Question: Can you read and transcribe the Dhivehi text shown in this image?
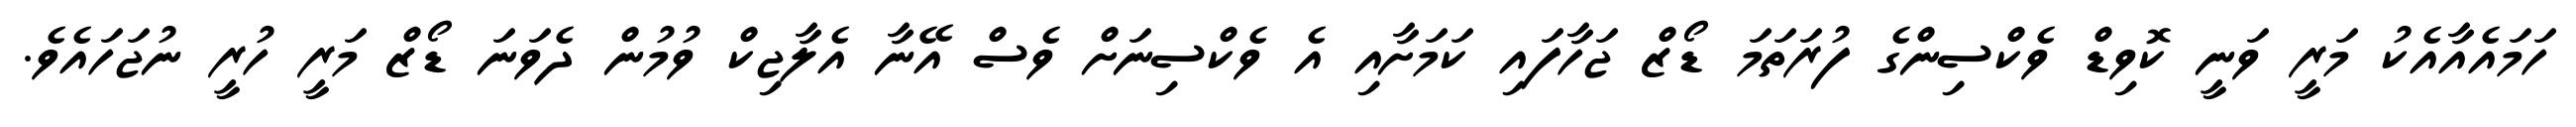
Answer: ހަމައެއާއެކު މަރީ ވަނީ ކޮވިޑް ވެކްސިންގެ ފުރަތަމަ ޑޯޒް ޖަހާފައި ކަމަށާއި އެ ވެކްސިނަށް ވެސް އޭނާ އެލާޖިކް ވުމުން ދެވަނަ ޑޯޒް މަރީ ހުރީ ނުޖަހައެވެ.